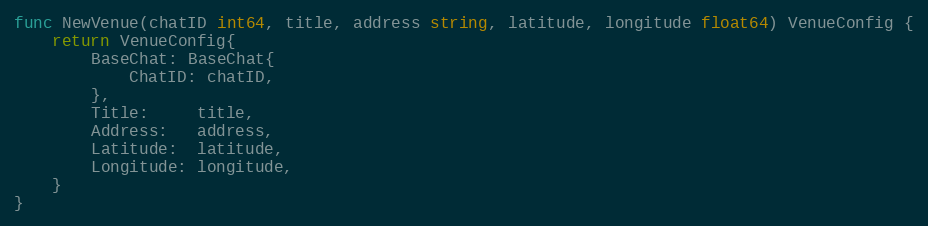
Language: Go
func NewVenue(chatID int64, title, address string, latitude, longitude float64) VenueConfig {
	return VenueConfig{
		BaseChat: BaseChat{
			ChatID: chatID,
		},
		Title:     title,
		Address:   address,
		Latitude:  latitude,
		Longitude: longitude,
	}
}